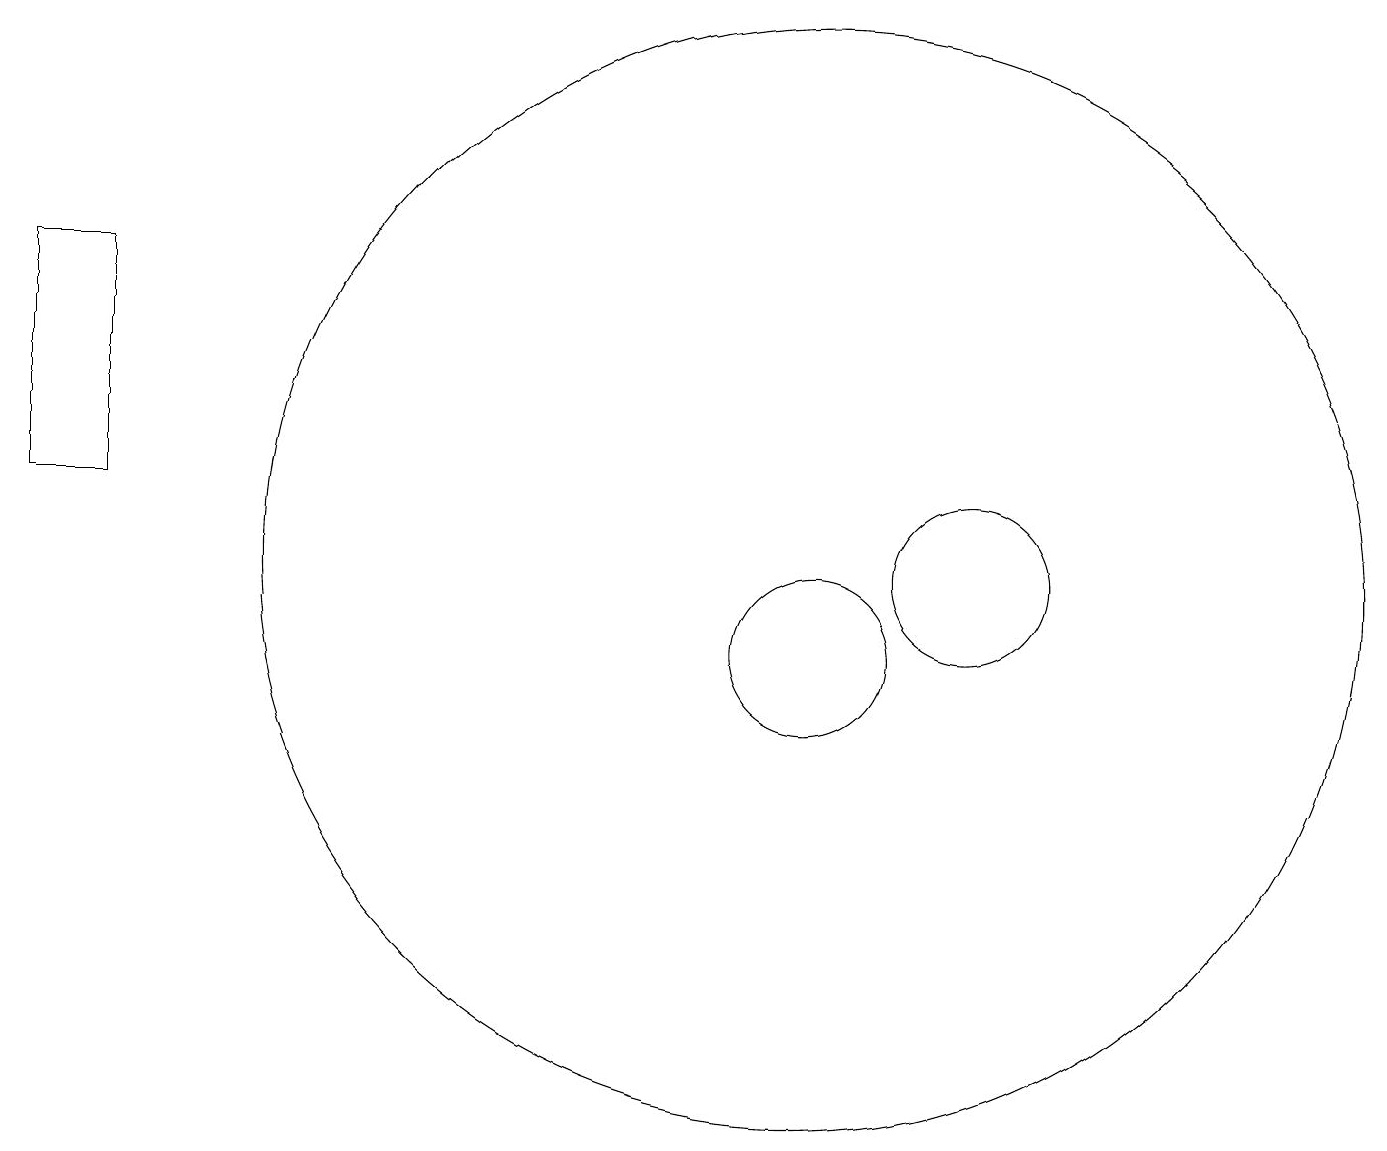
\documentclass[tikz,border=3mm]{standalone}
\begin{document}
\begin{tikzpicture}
\draw (12,11) circle (1);
\draw (0,15) rectangle (1,12);
\draw (10,11) circle (7);
\draw (10,10) circle (1);
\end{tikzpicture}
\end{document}